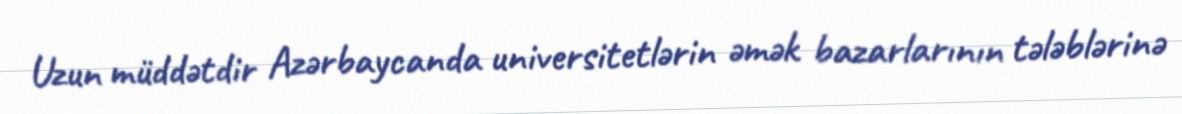
Uzun müddətdir Azərbaycanda universitetlərin əmək bazarlarının tələblərinə